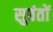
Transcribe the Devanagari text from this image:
सुबंतों